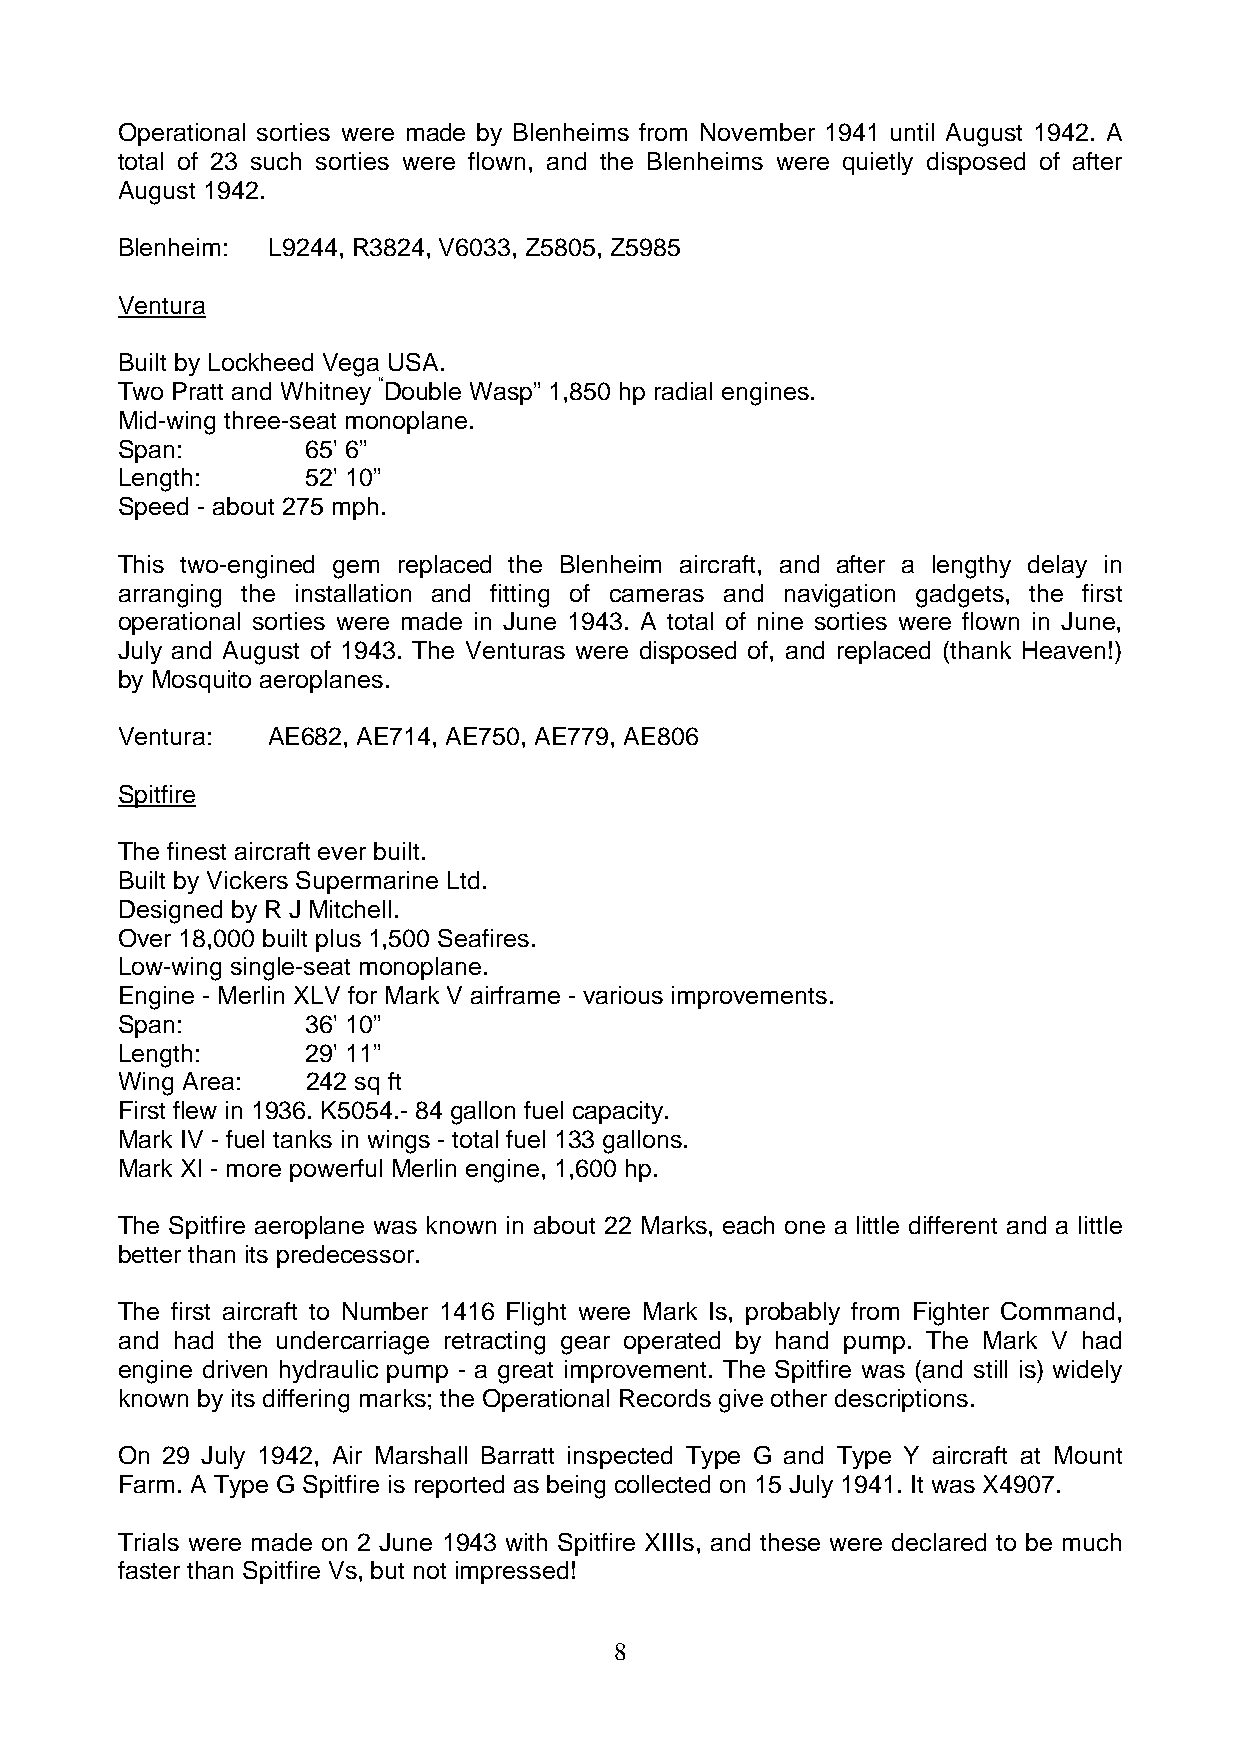
Operational sorties were made by Blenheims from November 1941 until August 1942. A
 total of 23 such sorties were flown, and the Blenheims were quietly disposed of after
 August 1942.
 Blenheim: L9244, R3824, V6033, Z5805, Z5985
 Ventura
 Built by Lockheed Vega USA.
 Two Pratt and Whitney “Double Wasp” 1,850 hp radial engines.
 Mid-wing three-seat monoplane.
 Span:       65' 6”
 Length:     52' 10”
 Speed - about 275 mph.
 This two-engined gem replaced the Blenheim aircraft, and after a lengthy delay in
 arranging the installation and fitting of cameras and navigation gadgets, the first
 operational sorties were made in June 1943. A total of nine sorties were flown in June,
 July and August of 1943. The Venturas were disposed of, and replaced (thank Heaven!)
 by Mosquito aeroplanes.
 Ventura:  AE682, AE714, AE750, AE779, AE806
 Spitfire
 The finest aircraft ever built.
 Built by Vickers Supermarine Ltd.
 Designed by R J Mitchell.
 Over 18,000 built plus 1,500 Seafires.
 Low-wing single-seat monoplane.
 Engine - Merlin XLV for Mark V airframe - various improvements.
 Span:       36' 10”
 Length:     29' 11”
 Wing Area:  242 sq ft
 First flew in 1936. K5054.- 84 gallon fuel capacity.
 Mark IV - fuel tanks in wings - total fuel 133 gallons.
 Mark Xl - more powerful Merlin engine, 1,600 hp.
 The Spitfire aeroplane was known in about 22 Marks, each one a little different and a little
 better than its predecessor.
 The first aircraft to Number 1416 Flight were Mark Is, probably from Fighter Command,
 and had the undercarriage retracting gear operated by hand pump. The Mark V had
 engine driven hydraulic pump - a great improvement. The Spitfire was (and still is) widely
 known by its differing marks; the Operational Records give other descriptions.
 On 29 July 1942, Air Marshall Barratt inspected Type G and Type Y aircraft at Mount
 Farm. A Type G Spitfire is reported as being collected on 15 July 1941. It was X4907.
 Trials were made on 2 June 1943 with Spitfire XIIIs, and these were declared to be much
 faster than Spitfire Vs, but not impressed!
 8